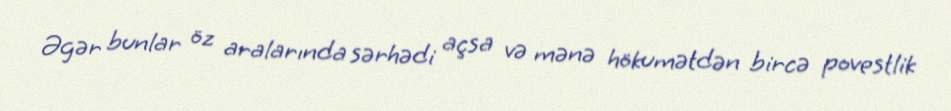
Əgər bunlar öz aralarında sərhədi açsa və mənə hökumətdən bircə povestlik